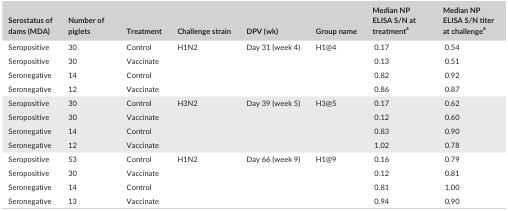
<table><thead><tr><td><b>Serostatus of dams (MDA)</b></td><td><b>Number of piglets</b></td><td><b>Treatment</b></td><td><b>Challenge strain</b></td><td><b>DPV (wk)</b></td><td><b>Group name</b></td><td><b>Median NP ELISA S/N at treatmenta</b></td><td><b>Median NP ELISA S/N titer at challengea</b></td></tr></thead><tbody><tr><td>Seropositive</td><td>30</td><td>Control</td><td rowspan="4">H1N2</td><td rowspan="4">Day 31 (week 4)</td><td rowspan="4">H1@4</td><td>0.17</td><td>0.54</td></tr><tr><td>Seropositive</td><td>30</td><td>Vaccinate</td><td>0.13</td><td>0.51</td></tr><tr><td>Seronegative</td><td>14</td><td>Control</td><td>0.82</td><td>0.92</td></tr><tr><td>Seronegative</td><td>12</td><td>Vaccinate</td><td>0.86</td><td>0.87</td></tr><tr><td>Seropositive</td><td>30</td><td>Control</td><td rowspan="4">H3N2</td><td rowspan="4">Day 39 (week 5)</td><td rowspan="4">H3@5</td><td>0.17</td><td>0.62</td></tr><tr><td>Seropositive</td><td>30</td><td>Vaccinate</td><td>0.12</td><td>0.60</td></tr><tr><td>Seronegative</td><td>14</td><td>Control</td><td>0.83</td><td>0.90</td></tr><tr><td>Seronegative</td><td>12</td><td>Vaccinate</td><td>1.02</td><td>0.78</td></tr><tr><td>Seropositive</td><td>53</td><td>Control</td><td rowspan="4">H1N2</td><td rowspan="4">Day 66 (week 9)</td><td rowspan="4">H1@9</td><td>0.16</td><td>0.79</td></tr><tr><td>Seropositive</td><td>30</td><td>Vaccinate</td><td>0.12</td><td>0.81</td></tr><tr><td>Seronegative</td><td>14</td><td>Control</td><td>0.81</td><td>1.00</td></tr><tr><td>Seronegative</td><td>13</td><td>Vaccinate</td><td>0.94</td><td>0.90</td></tr></tbody></table>